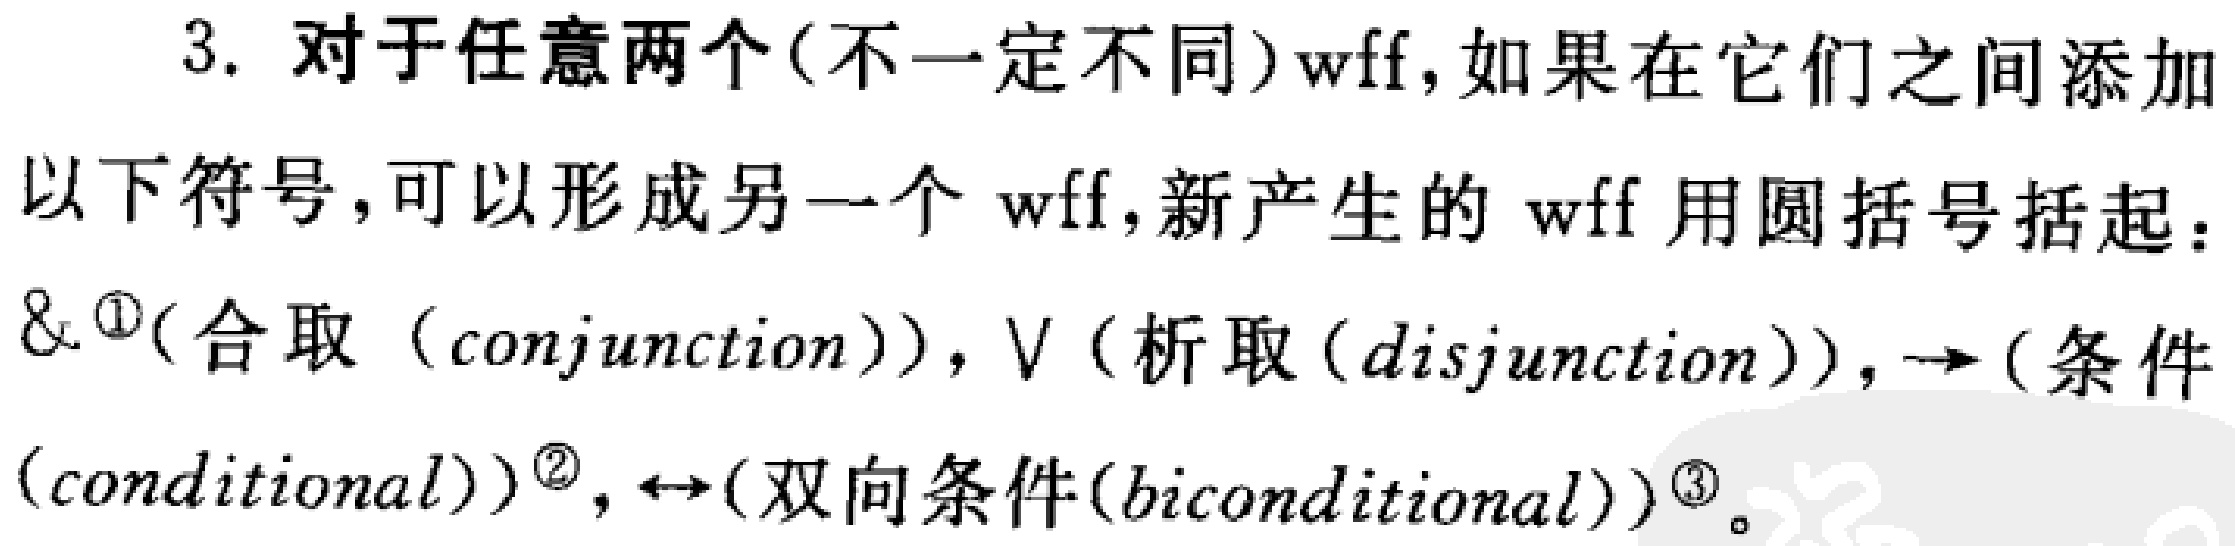
3. 对于任意两个(不一定不同)wff,如果在它们之间添加
以下符号,可以形成另一个 wff,新产生的 wff 用圆括号括起：
\&$^{(1)}$(合取（conjunction）), $\vee$ (析取（disjunction）), $\to$ (条件
（conditional）)$^{(2)}$, $\leftrightarrow$(双向条件(biconditional))$^{(3)}$。